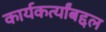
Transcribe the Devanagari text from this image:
कार्यकर्त्यांबद्दल